Haapsalu_Metskond, lk 30
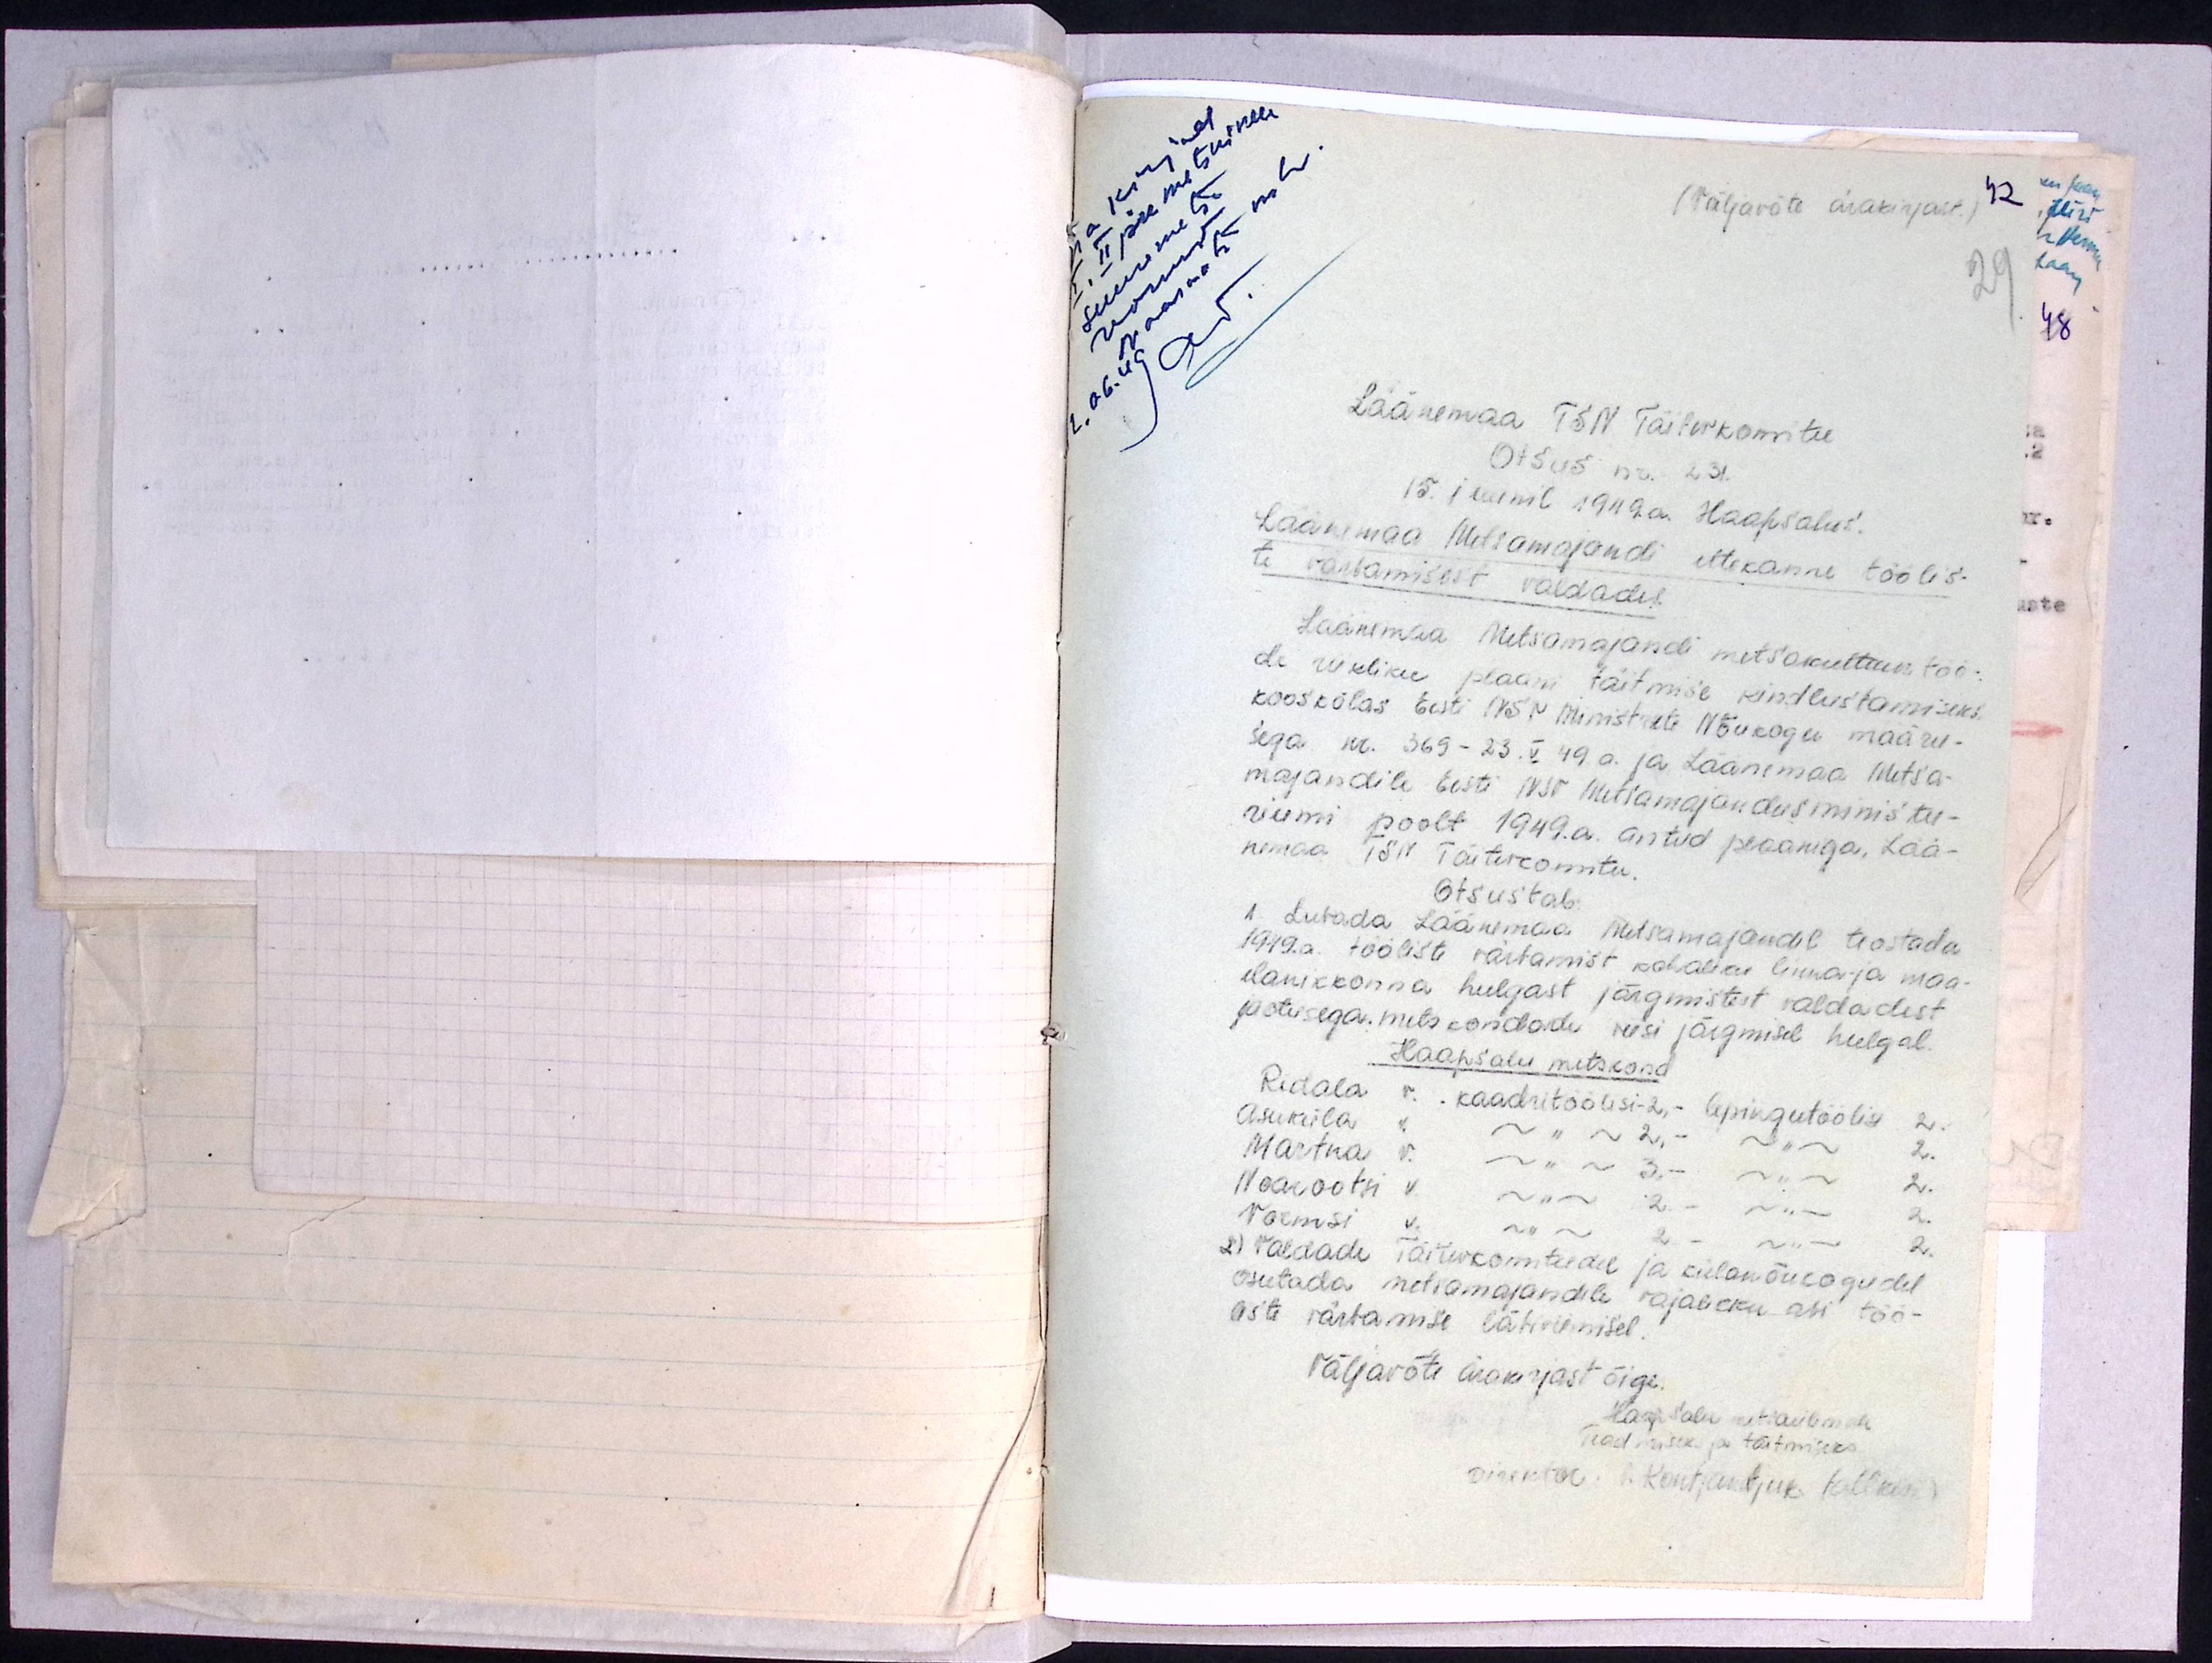
pa kirjad
I, II pk metsnikele
Suuremetsa
Vormsi
Noarootsi mk.
2.06.49
AT.
(Väljavõte ärakirjast.)
42
29
Läänemaa TSN Täitevkomitee
Otsus nr. 231.
15. juunil 1949. a. Haapsalus.
Läänemaa Metsamajandi ettekanne töölis-
te värbamisest valdades.
Läänemaa Metsamajandi metsakultuuri töö-
de riikliku plaani täitmise kindlustamiseks
kooskõlas Eesti NSV Ministrite Nõukogu määru-
sega nr. 369 - 23. V. 49 a. ja Läänemaa Metsa-
majandile Eesti NSV Metsamajandusministee-
riumi poolt 1949. a. antud plaaniga, Lää-
nemaa TSN Täitevkomitee.
Otsustab:
1. Lubada Läänemaa Metsamajandil teostada
1949. a. tööliste värbamist kohaliku linna- ja maa-
elanikkonna hulgast järgmistest valdadest
jaotusega. metskondade viisi järgmisel hulgal.
Haapsalu metskond
Ridala v. kaadritöölisi - 2, - lepingutöölisi 2.
Asuküla v. -"- 2, - -"- 2.
Martna v. -"- 3, - -"- 2.
Noarootsi v. -"- 2. - -"- 2.
Vormsi v. -"- 2. - -"- 2.
2) Valdade Täitevkomiteedel ja külanõukogudel
osutada metsamajandile vajalikku abi töö-
liste värbamise läbiviimisel.
Väljavõte ärakirjast õige.
Haapsalu metsaülemale
Teadmiseks ja täitmiseks
Direktor: P. Kontjantjuk (allkiri)